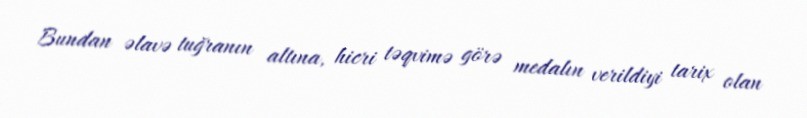
Bundan əlavə tuğranın altına, hicri təqvimə görə medalın verildiyi tarix olan